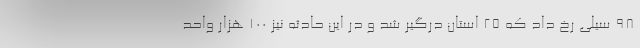
۹۸ سیلی رخ داد که ۲۵ استان درگیر شد و در این حادثه نیز ۱۰۰ هزار واحد